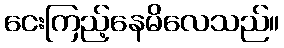
ငေးကြည့်နေမိလေသည်။